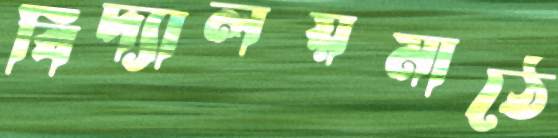
বিদ্যালয়মাঠে